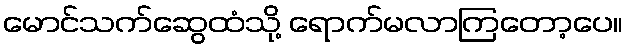
မောင်သက်ဆွေထံသို့ ရောက်မလာကြတော့ပေ။